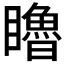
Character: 𥌧